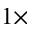
1 \times